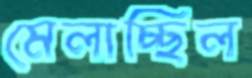
মেলাচ্ছিল